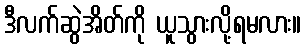
ဒီလက်ဆွဲအိတ်ကို ယူသွားလို့ရမလား။